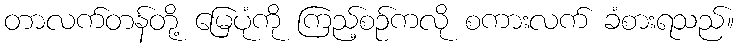
တာလက်တန်တို့ မြေပုံကို ကြည့်စဉ်ကလို စကားလက် ခံစားရသည်။